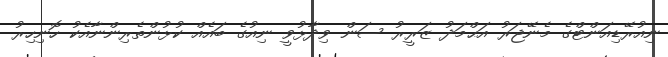
ނިއުރޭޑިއަންޓްގެ މެނޭޖަރު އަޙްމަދު ޒަރީރު ސަން ވިދާޅުވީ ނިއުގެ ބައެއް ކުޅުންތެރިންނާއެކު ހޮނިހިރު